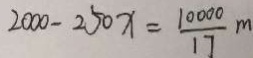
2 0 0 0 - 2 5 0 x = \frac { 1 0 0 0 0 } { 1 7 } m